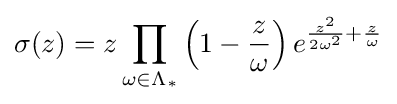
\sigma (z)=z\prod _{\omega \in \Lambda _{*}}\left(1-{\frac {z}{\omega }}\right)e^{{\frac {z^{2}}{2\omega ^{2}}}+{\frac {z}{\omega }}}